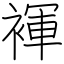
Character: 褌